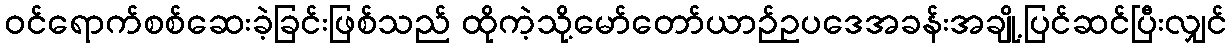
ဝင်ရောက်စစ်ဆေးခဲ့ခြင်းဖြစ်သည် ထိုကဲ့သို့မော်တော်ယာဉ်ဥပဒေအခန်းအချို့ပြင်ဆင်ပြီးလျှင်